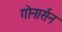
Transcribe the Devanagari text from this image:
गोनार्सन